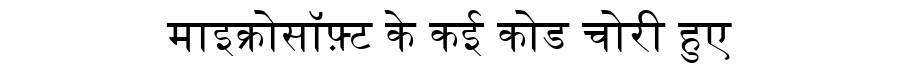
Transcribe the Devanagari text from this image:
माइक्रोसॉफ़्ट के कई कोड चोरी हुए